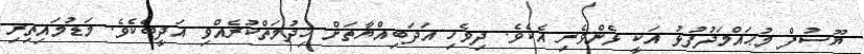
ޔޫސުފް މުޙައްމަދުފުޅު އަކީ ޅެންވެރި އެކެވެ. ދިވެހި އަދަބިއްޔާތަށް ޚިދުމަތްކުރެއްވި އަދީބެކެވެ. މަޑުމައިތިރި